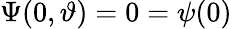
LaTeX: \Psi(0,\vartheta)=0=\psi(0)